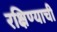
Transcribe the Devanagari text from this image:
रक्षिण्याची